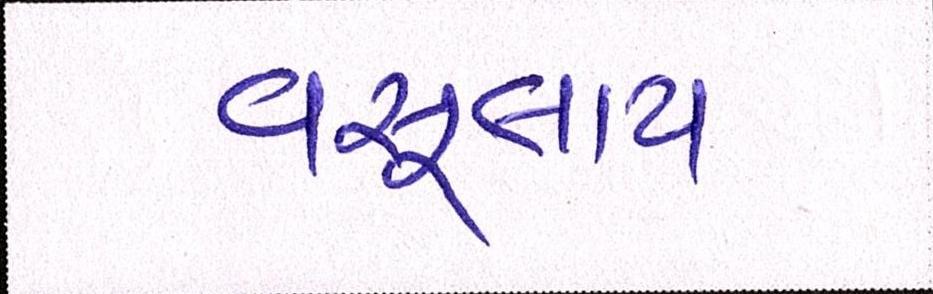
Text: વસૂલાય